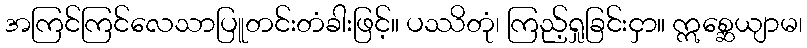
အကြင်ကြင်လေသာပြူတင်းတံခါးဖြင့်။ ပဿိတုံ၊ ကြည့်ရှုခြင်းငှာ။ ဣစ္ဆေယျာမ၊